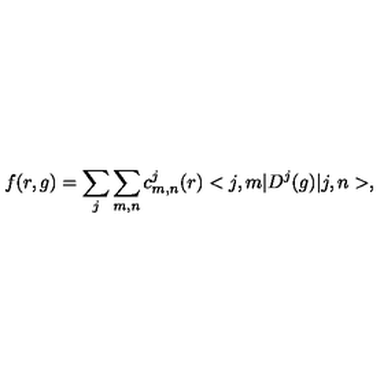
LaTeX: f ( r , g ) = \sum _ { j } \sum _ { m , n } c _ { m , n } ^ { j } ( r ) < j , m | D ^ { j } ( g ) | j , n > ,